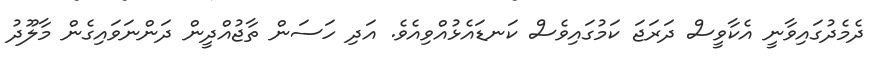
ދެމެދުގައިވާނީ އެކާވީސް ދަރަޖަ ކަމުގައިވެސް ކަނޑައެޅުއްވިއެވެ. އަދި ހަސަން ތާޖުއްދީން ދަންނަވައިގެން މާލޫދު